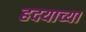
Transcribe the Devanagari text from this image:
हदयाच्या